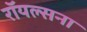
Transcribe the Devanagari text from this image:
रॉयल्सना